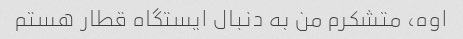
اوه، متشکرم من به دنبال ایستگاه قطار هستم